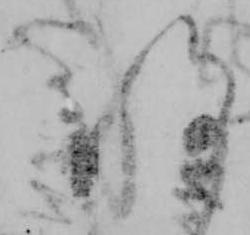
将